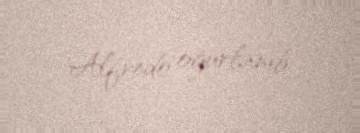
Alfredo oğurlanıb.